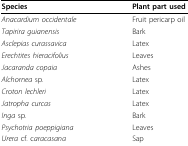
| Species | Plant part used |
 | --- | --- |
 | Anacardium occidentale | Fruit pericarp oil |
 | Tapirira guianensis | Bark |
 | Asclepias curassavica | Latex |
 | Erechtites hieracifolius | Leaves |
 | Jacaranda copaia | Ashes |
 | Alchornea sp. | Latex |
 | Croton lechleri | Latex |
 | Jatropha curcas | Latex |
 | Inga sp. | Bark |
 | Psychotria poeppigiana | Leaves |
 | Urera cf. caracasana | Sap |